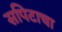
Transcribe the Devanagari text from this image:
सपिटाचा